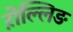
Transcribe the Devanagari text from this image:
ऱोल्लिङ